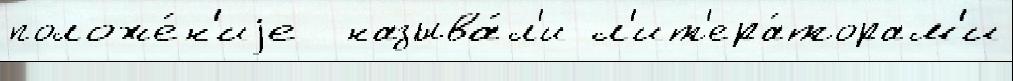
положе́н'иjе  называ́л'и л'ит'ера́торам'и